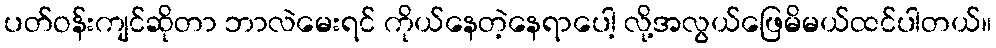
ပတ်ဝန်းကျင်ဆိုတာ ဘာလဲမေးရင် ကိုယ်နေတဲ့နေရာပေါ့ လို့အလွယ်ဖြေမိမယ်ထင်ပါတယ်။